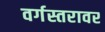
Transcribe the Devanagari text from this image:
वर्गस्तरावर